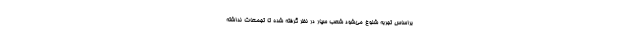
براساس تجربه شلوغ می‌شود شعب سیار در نظر گرفته شده تا تجمعات نداشته